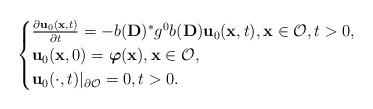
\begin{align*}\begin{cases}\frac{\partial \mathbf{u}_0(\mathbf{x},t)}{\partial t}=-b(\mathbf{D})^*g^0b(\mathbf{D})\mathbf{u}_0(\mathbf{x} ,t),\mathbf{x}\in \mathcal{O},t>0,\\\mathbf{u}_0(\mathbf{x},0)=\boldsymbol{\varphi}(\mathbf{x}),\mathbf{x}\in \mathcal{O},\\\mathbf{u}_0(\cdot ,t)\vert _{\partial \mathcal{O}}=0,t>0.\end{cases}\end{align*}